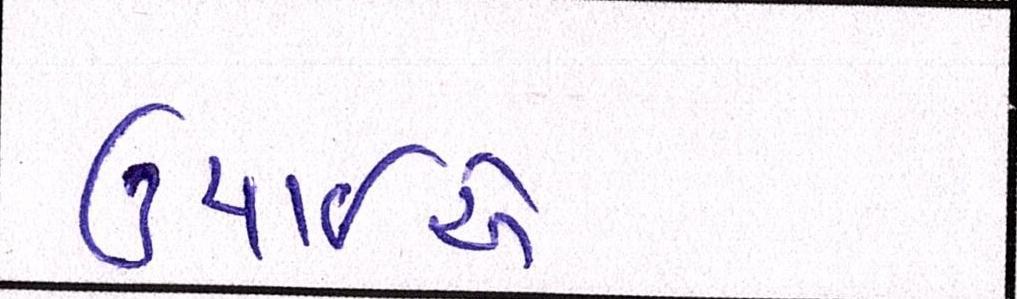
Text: ઉંચાઈએ